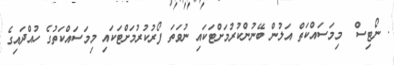
. ނޯޓިސް  މިމަސައްކަތް އަލުން ބޭނުންކުރުމަށްޓަކައި ނުވަތަ ފޯރުކުރުމަށްޓަކައި މިމަސައްކަތުގެ ހުއްދައިގެ